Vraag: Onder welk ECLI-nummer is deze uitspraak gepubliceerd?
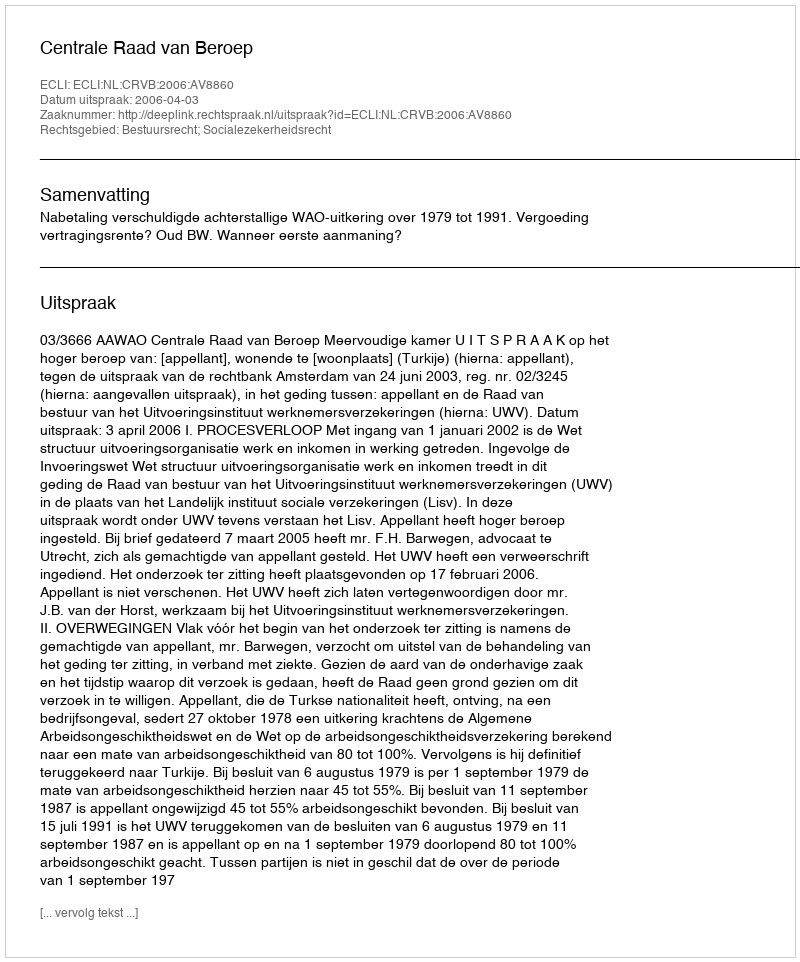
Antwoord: ECLI:NL:CRVB:2006:AV8860